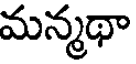
మన్మథా